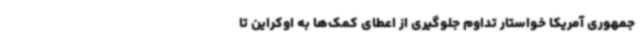
جمهوری آمریکا خواستار تداوم جلوگیری از اعطای کمک‌ها به اوکراین تا